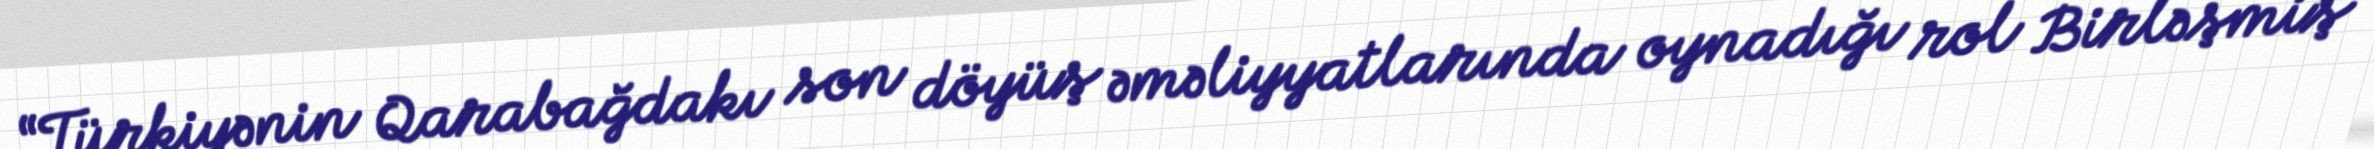
“Türkiyənin Qarabağdakı son döyüş əməliyyatlarında oynadığı rol Birləşmiş